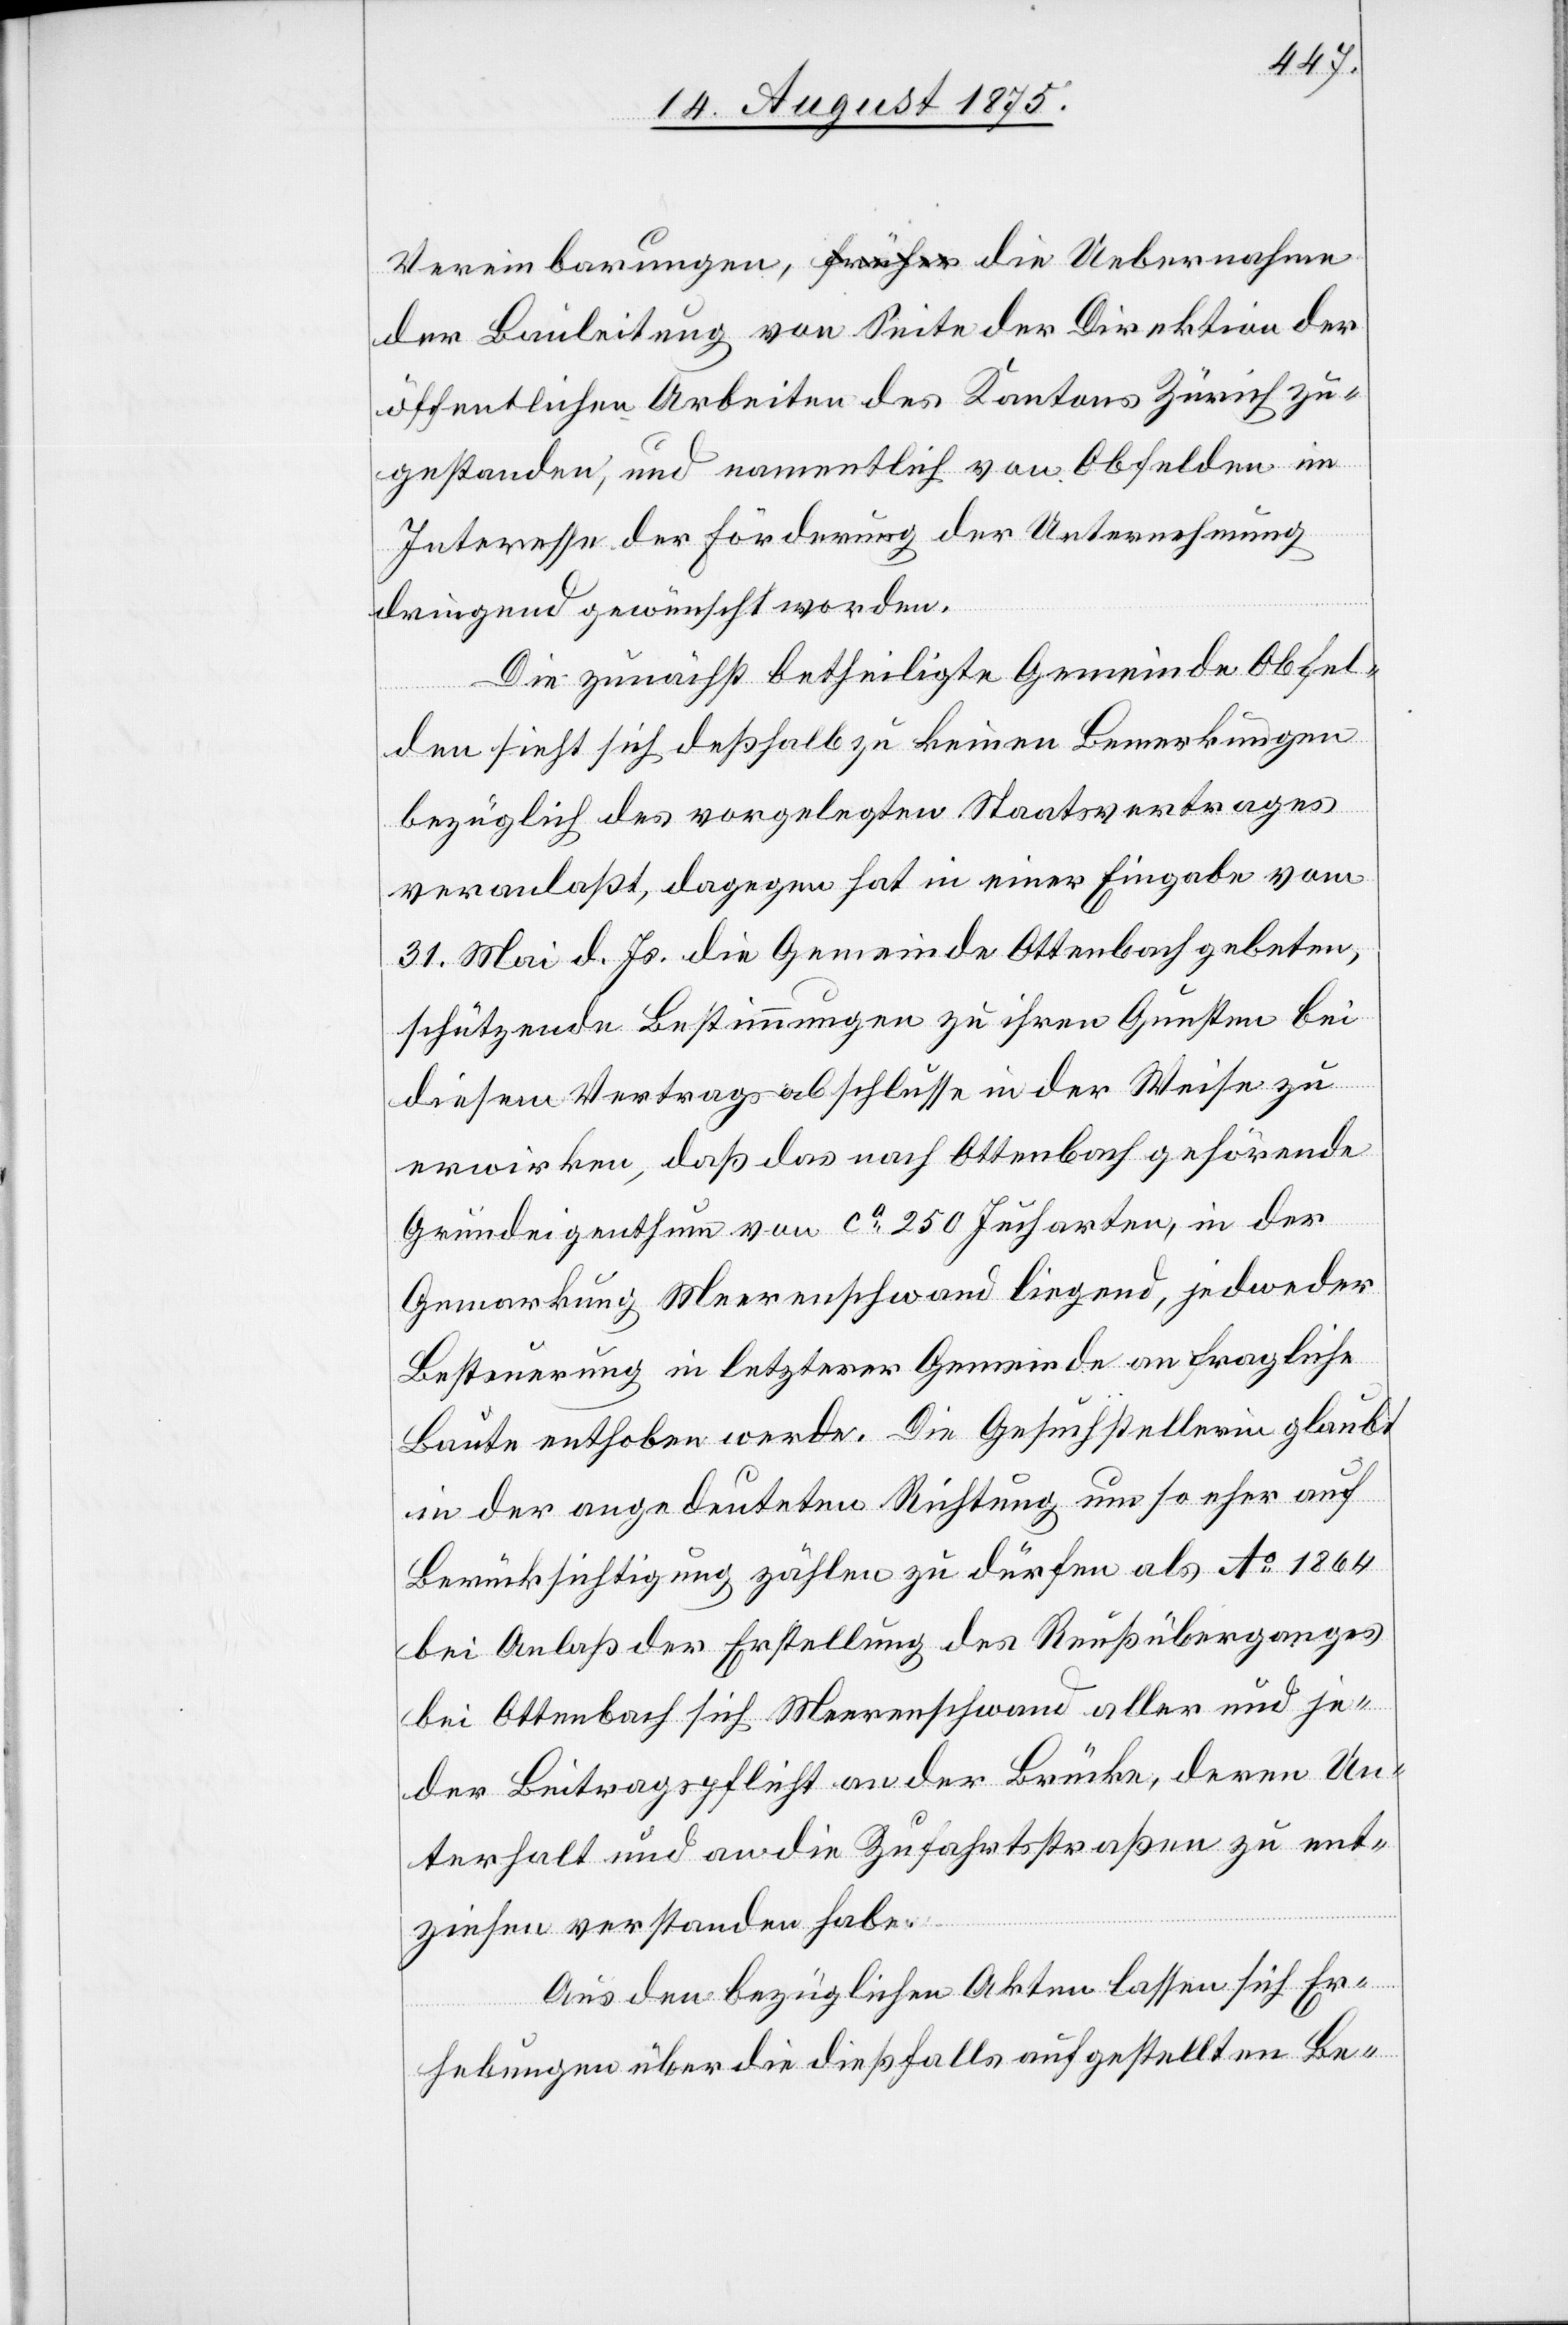
der Bauleitung von Seite der Direktion der
öffentlichen Arbeiten des Kantons Zürich zu¬
gestanden, und namentlich von Obfelden im
Interesse der Forderung der Unternehmung
dringend gewünscht worden.
Die zunächst betheiligte Gemeinde Obfel¬
den sieht sich deßhalb zu keinen Bemerkungen
bezüglich des vorgelegten Staatsvertrages
veranlaßt, dagegen hat in einer Eingabe vom
31. Mai d. Js. die Gemeinde Ottenbach gebeten,
schützende Bestimmungen zu ihren Gunsten bei
diesem Vertragsabschlusse in der Weise zu
erwirken, daß das nach Ottenbach gehörende
Grundeigenthum von ca 250 Jucharten, in der
Gemarkung Merenschwand liegend, jedweder
Besteuerung in letzterer Gemeinde an fragliche
Baute enthoben werde. Die Gesuchstellerin glaubt
in der angedeuteten Richtung um so eher auf
Berücksichtigung zählen zu dürfen als Ao 1864
bei Anlaß der Erstellung des Reußüberganges
bei Ottenbach sich Merenschwand aller und je¬
der Beitragspflicht an der Brücke, deren Un¬
terhalt und an die Zufahrtstraßen zu ent¬
ziehen verstanden habe.
Aus den bezügliche Akten lassen sich Er¬
hebungen über die dießfalls aufgestellten Be-